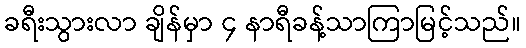
ခရီးသွားလာ ချိန်မှာ ၄ နာရီခန့်သာကြာမြင့်သည်။